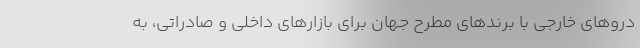
دروهای خارجی با برندهای مطرح جهان برای بازارهای داخلی و صادراتی، به